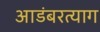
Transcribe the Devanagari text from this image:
आडंबरत्याग